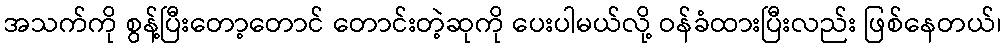
အသက်ကို စွန့်ပြီးတော့တောင် တောင်းတဲ့ဆုကို ပေးပါမယ်လို့ ဝန်ခံထားပြီးလည်း ဖြစ်နေတယ်၊